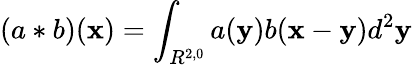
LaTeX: (a*b)({\mathbf x})=\int_{R^{2,0}}a({\mathbf y})b({\mathbf x}-{\mathbf y})d^{2}{\mathbf y}